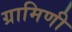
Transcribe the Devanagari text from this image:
ग्रामिणी